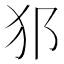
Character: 𤜡